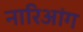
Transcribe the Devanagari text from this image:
नारिआंग